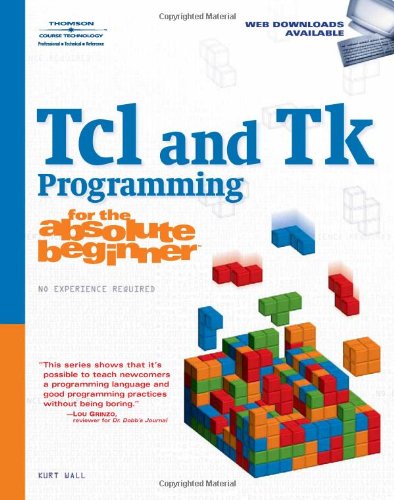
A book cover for Tcl and Tk Programming for the Absolute Beginner; Kurt Wall; Computers & Technology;